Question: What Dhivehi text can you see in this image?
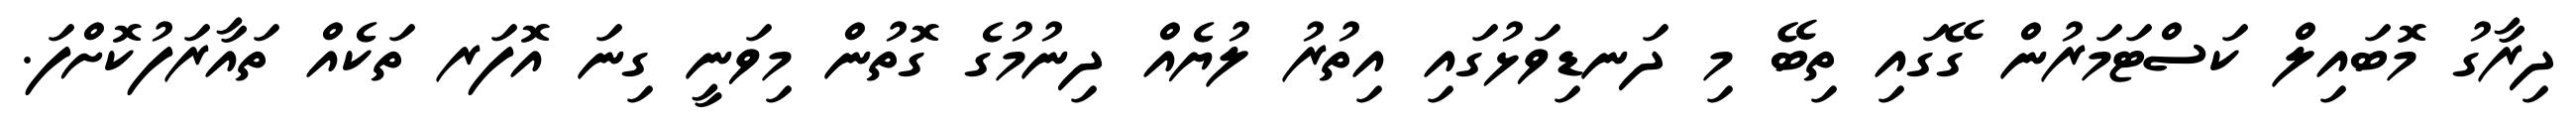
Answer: ދިރާގު މޮބައިލް ކަސްޓަމަރުން ގޭގައި ތިބޭ މި ދަނޑިވަޅުގައި އިތުރު ލުޔެއް ދިނުމުގެ ގޮތުން މިވަނީ ގިނަ އޮފަރ ތަކެއް ތައާރަފުކޮށްފަ.